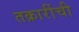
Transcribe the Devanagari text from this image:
तक्रारींची